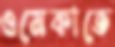
ওমেকাতে